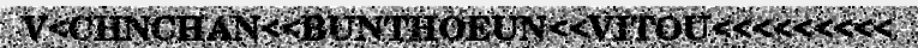
V<CHNCHAN<<BUNTHOEUN<<VITOU<<<<<<<<<